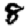
Digit: 8